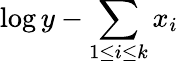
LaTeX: \log y-\sum_{1\leq i\leq k}x_{i}